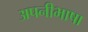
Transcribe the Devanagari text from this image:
अपनीभाषा